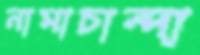
নামাচান্দা